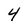
Character: 4